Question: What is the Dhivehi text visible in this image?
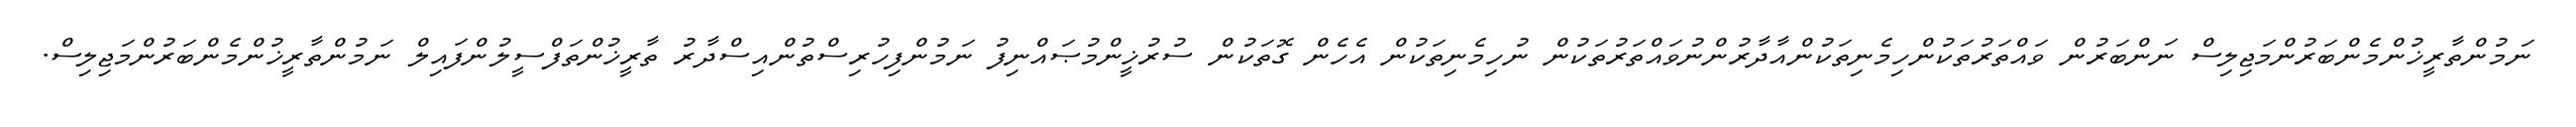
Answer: ނަމުންތާރީޚުންމެންބަރުންމަޖިލިސް ނަންބަރުން ވައްތަރުތަކުންހިމެނިތަކުންއާދާރުންނުވައްތަރުތަކުން ނުހިމެނިތަކުން އެހެން ގޮތަކުން ސުރުޚީންމުޞައްނިފު ނަމުންފިހުރިސްތުންއިސްދާރު ތާރީޚުންތަފްސީލުންފައިލް ނަމުންތާރީޚުންމެންބަރުންމަޖިލިސް.